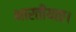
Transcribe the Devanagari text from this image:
भारतीयता।